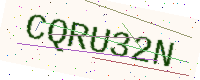
Text: CQRU32N